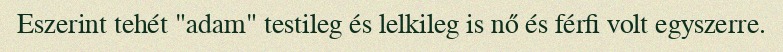
Eszerint tehét "adam" testileg és lelkileg is nő és férfi volt egyszerre.